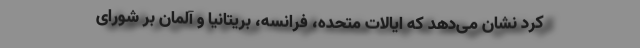
کرد نشان می‌دهد که ایالات متحده، فرانسه، بریتانیا و آلمان بر شورای